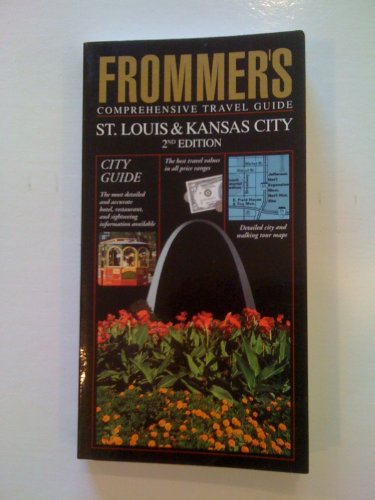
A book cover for Frommer's Comprehensive Travel Guide: St. Louis & Kansas City (Frommer's St Louis and Kansas City); George McDonald; Travel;